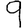
Digit: 9